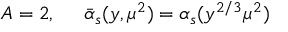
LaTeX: A = 2 , \; \; \; \; \; \bar { \alpha } _ { s } ( y , \mu ^ { 2 } ) = \alpha _ { s } ( y ^ { 2 / 3 } \mu ^ { 2 } )